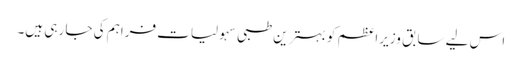
اس لیے سابق وزیراعظم کو بہترین طبی سہولیات فراہم کی جا رہی ہیں۔